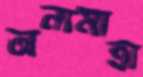
অন্যমাত্রা